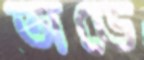
অডে